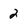
Character: 2